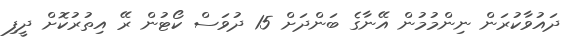
ދައުވާކުރަން ނިންމުމުން އޭނާގެ ބަންދަށް 15 ދުވަސް ކޯޓުން ރޭ އިތުރުކޮށް ދީފި